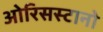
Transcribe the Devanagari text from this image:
ओरिसस्टानो